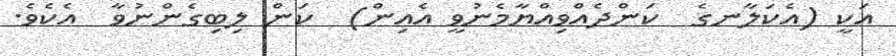
އަކީ (އެކަލާނގެ  ކަންދެއްވިއްޔާމެނުވީ އެއިން)  ކަން ލިބިގެންނުވާ  އެކެވެ.